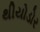
થીયોડોર